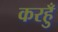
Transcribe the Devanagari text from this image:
करहुँ